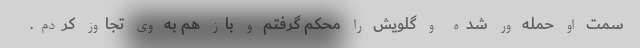
سمت او حمله ور شده و گلویش را محکم گرفتم و باز هم به وی تجاوز کردم.